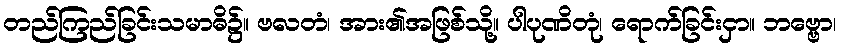
တည်ကြည်ခြင်းသမာဓိ၌။ ဗလတံ၊ အား၏အဖြစ်သို့။ ပါပုဏိတုံ၊ ရောက်ခြင်းငှာ။ ဘဗ္ဗော၊